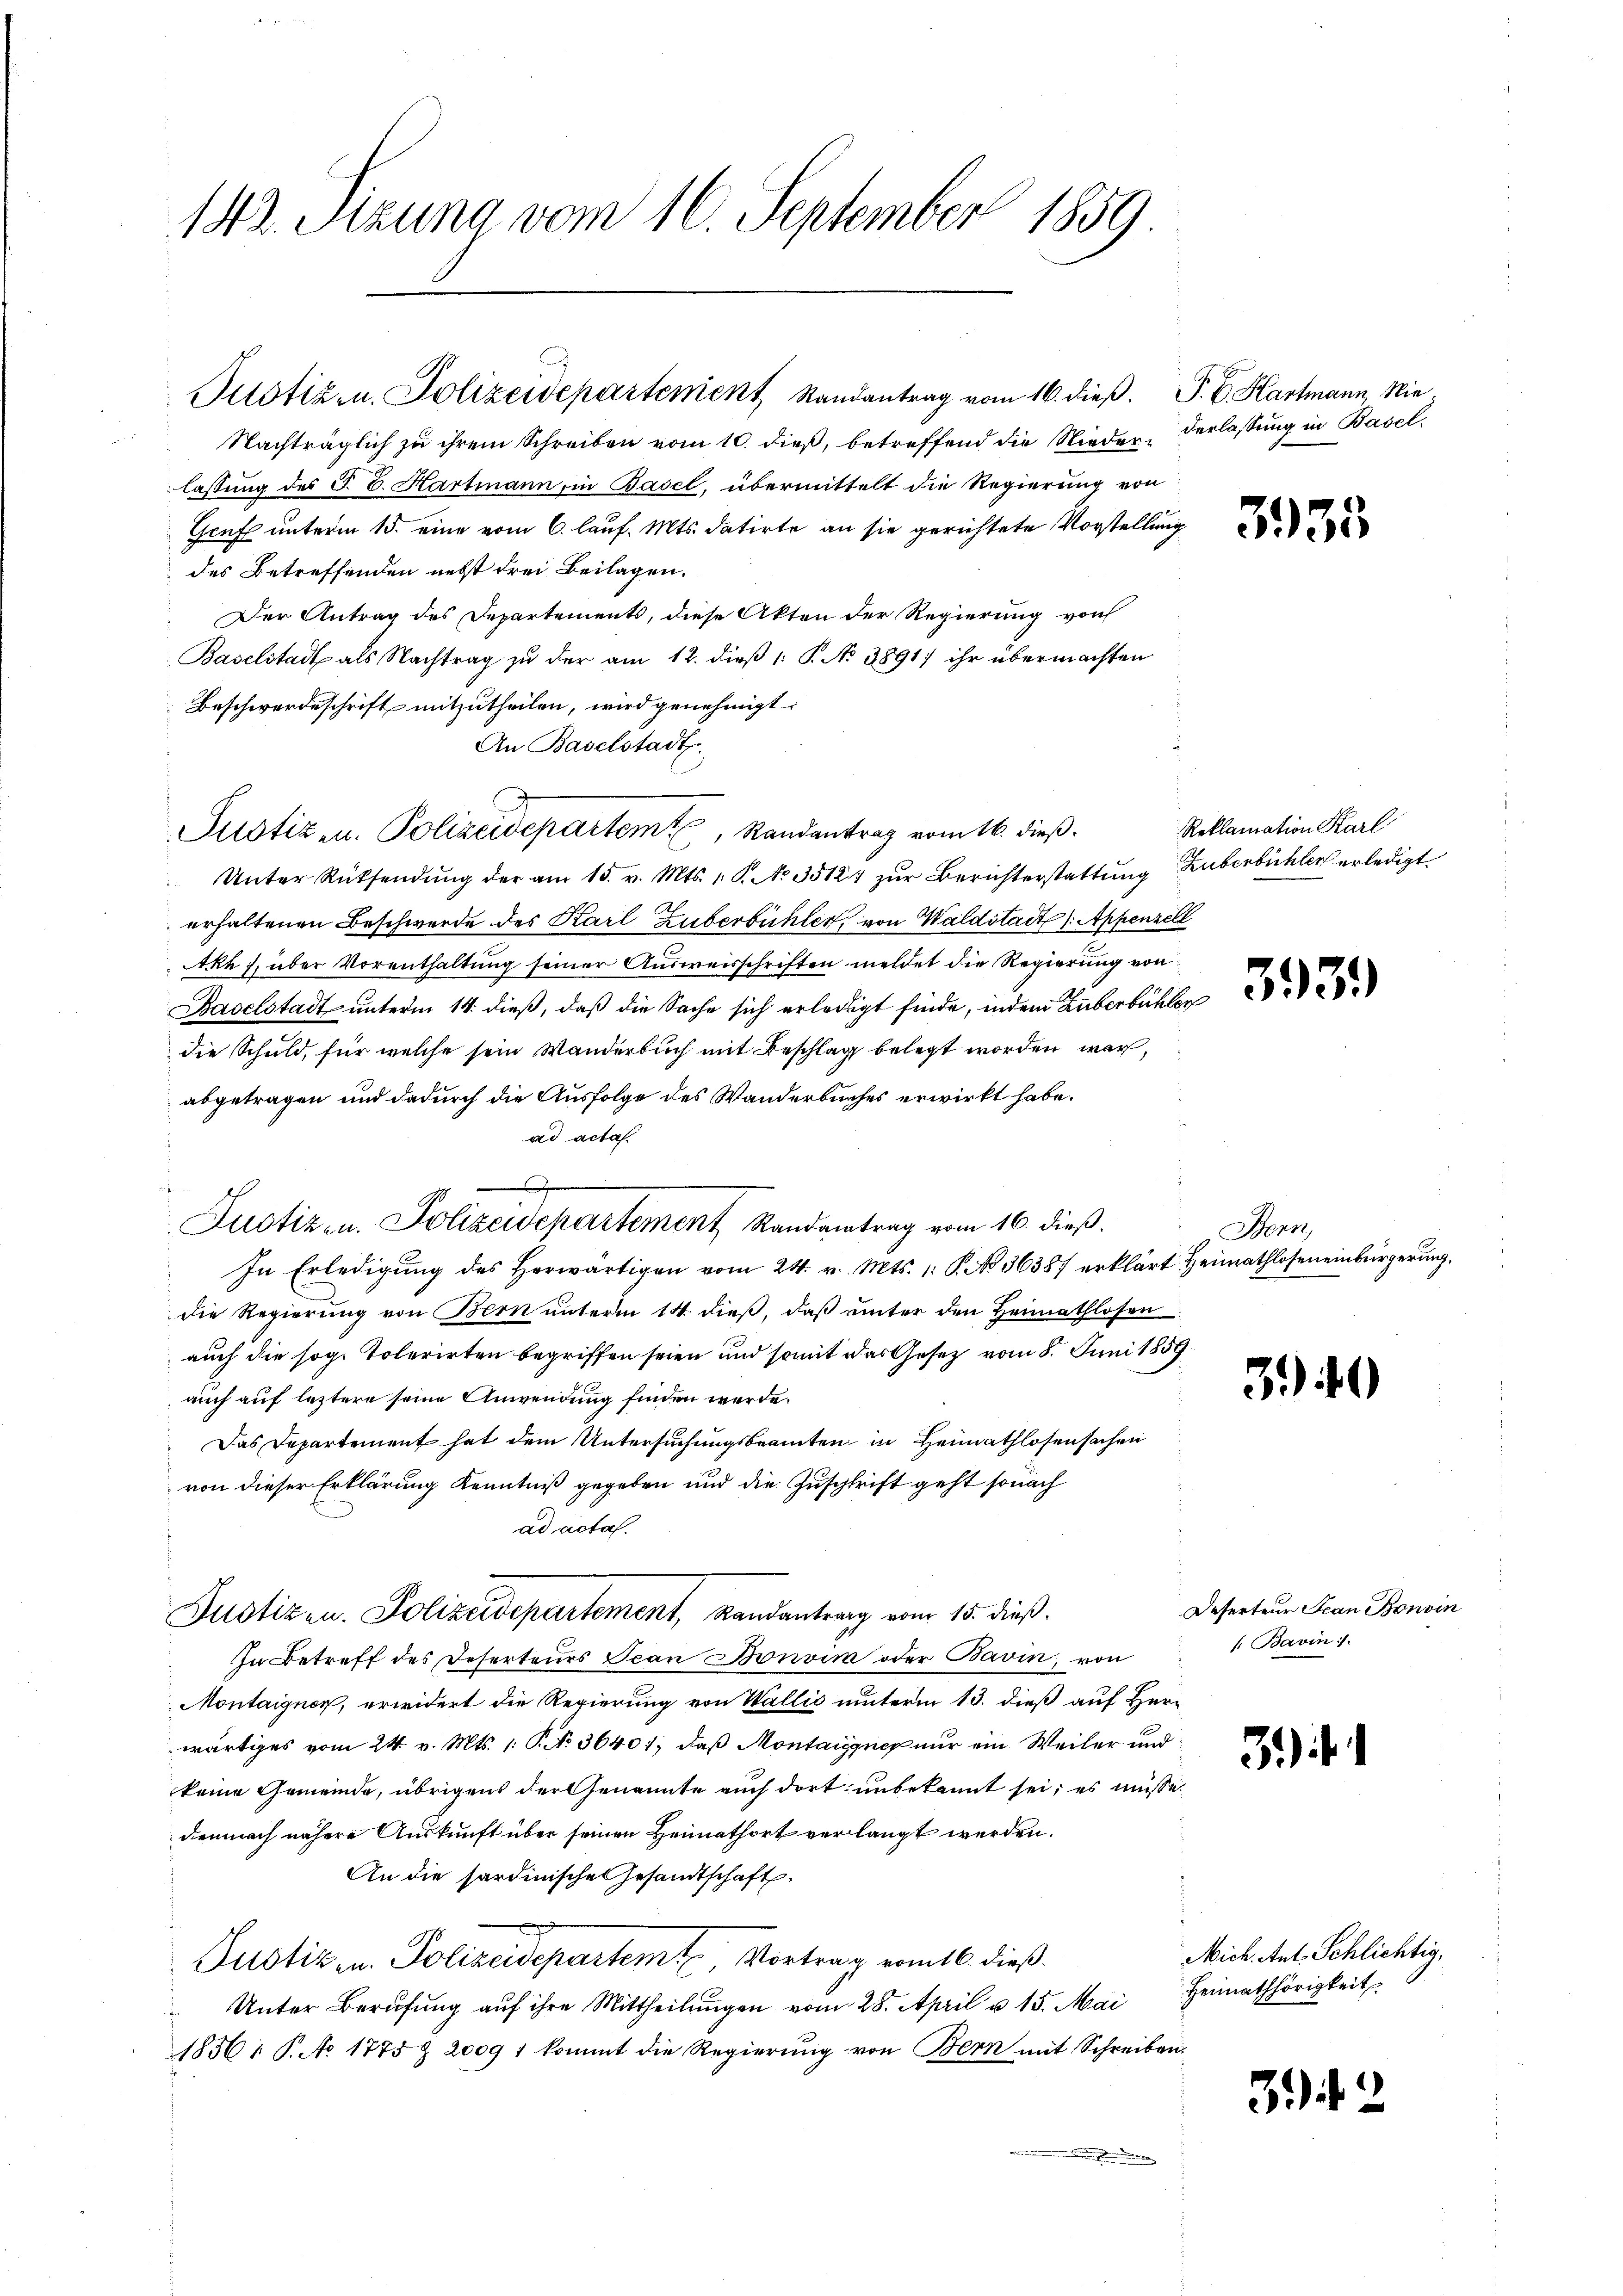
142. Sizung vom 16. September 1859

Nachträglich zu ihrem Schreiben vom 10. dieß, betreffend die Nieder-Verlassung in Basel
lassung des J. C. Hartmann, in Basel, übermittelt die Regierung von
Gruft unterm 15. eine vom 6. lauf. Mts. datirte an sie gerichtete Vorstellung
des Betreffenden nebst drei Beilagen.
Der Antrag des Departements, diese Akten der Regierung von
Baselstadt als Nachtrag zu der am 12. dieß 1: P. No 3891; ihr übermachten
Beschwerdeschrift mitzutheilen, wird genehmigt.
An Baselstadt.
Unter Rücksendŭng der am 15. v. Mts. 1. P. No 35124 zŭr Berichterstattung Luberbüchler erledigt
erhaltenen Beschwerde des Karl Zuberbüchler von Waldstadt (Appenzell
Akt, über Vorenthaltung seiner Ausweisschriften meldet die Regierung von
Baselstadt unterm 14. dieß, daß die Sache sich erledigt finde, indem Zuberbüchler
die Schuld, für welche sein Wanderbuch mit Beschlag belegt worden war,
abgetragen und dadurch die Ausfolge des Wanderbuches erwirkt habe.
ad acta.
In Erledigŭng des herwärtigen vom 24. v. Mts. 1. P. No 36387 erklärt Heimathlosen einbürgerŭng.
die Regierung von Bern unterm 14. dieß, daß unter den Heimathlosen
auch die sog. Tolerirten begriffen seien und somit das Gesetz vom 8. Juni 1859
auch auf letztere seine Anwendung finden werde.
Das Departement hat dem Untersuchungsbeamten in Heimathlosensachen
von dieser Erklärung Kenntniß gegeben und die Zuschrift geht sonach
ad acta.
Justizen. Polizeidepartement, Landantrag vom 15. dieß.
In Betreff des Deserteurs Jean Bonvim oder Bavin, von
Montaigner, erwidert die Regierung von Wallis unterm 13. dieß auf Herr
wärtiges vom 24. v. Mts. 1. P. No. 36401, daß Montaigner nur ein Weiler und
keine Gemeinde, übrigens der Genannte auch dort unbekannt sei; es müsse
demnach nähere Auskunft über seinen Heimathort verlangt werden.
An die sardinische Gesandtschaft
Justiz u. Polizeidepartem Vortrag vom 16. dieß.
 Unter Berufung auf ihre Mittheilungen vom 28. April u. 15. Mai
1856 : P. No 1775 & 2009 f kommt die Regierŭng von Bern mit Schreiben.
en in den

Justiz- u. Polizeidepartement Randantrag vom 16. dieß. P. C. Hartmann, Nie¬

Justizen. Polizeidepartem Randantrag vom 16. dieß.

Justiz- u. Polizeidepartement Randantrag vom 16. dieß.

3935

Reklamation Karl

3931)

Bern,

3

Deserteur Decan Bonvin
/. Bavin :/.

3)

Mich. Ant. Schlichtig,
Heimathörigkeit

3

)